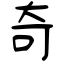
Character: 奇